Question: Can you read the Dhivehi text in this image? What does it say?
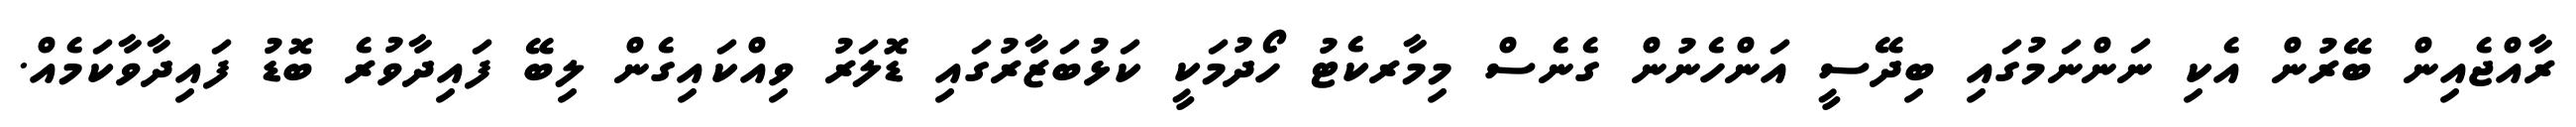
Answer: ރާއްޖެއިން ބޭރުން އެކި ނަންނަމުގައި ބިދޭސީ އަންހެނުން ގެނެސް މިމާރކެޓު ހޯދުމަކީ ކަޅުބަޒާރުގައި ޑޮލަރު ވިއްކައިގެން ލިބޭ ފައިދާވުރެ ބޮޑު ފައިދާވާކަމެއް.